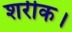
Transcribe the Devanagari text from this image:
शरीक।